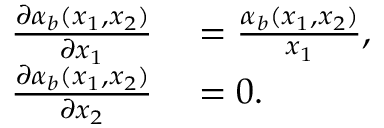
\begin{array} { r l } { \frac { \partial \alpha _ { b } ( x _ { 1 } , x _ { 2 } ) } { \partial x _ { 1 } } } & { { } = \frac { \alpha _ { b } ( x _ { 1 } , x _ { 2 } ) } { x _ { 1 } } , } \\ { \frac { \partial \alpha _ { b } ( x _ { 1 } , x _ { 2 } ) } { \partial x _ { 2 } } } & { { } = 0 . } \end{array}